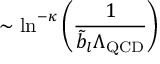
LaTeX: \sim \ln ^ { - \kappa } \left( \frac { 1 } { \tilde { b } _ { l } \Lambda _ { \mathrm { Q C D } } } \right)